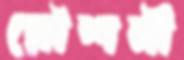
রৌশনী